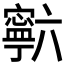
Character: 𰍡